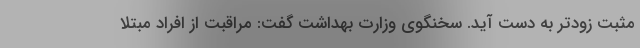
مثبت زودتر به دست آید. سخنگوی وزارت بهداشت گفت: مراقبت از افراد مبتلا